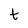
Character: t